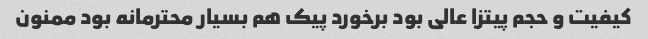
کیفیت و حجم پیتزا عالی بود برخورد پیک هم بسیار محترمانه بود ممنون